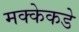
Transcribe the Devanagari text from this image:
मक्केकडे